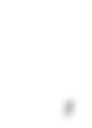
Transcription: Македонска азбука,